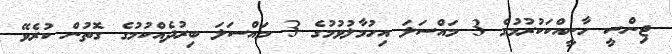
ޖިންސީ ހާނީއްކަކުރުމުގެ 3 މައްސަލަ އިހުމާލުވުމުގެ 3 މައްސަލަ ބިރުދެއްކުމުގެ ގޮތުން ކުރެވޭ